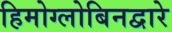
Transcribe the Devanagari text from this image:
हिमोग्लोबिनद्वारे